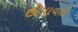
છીપાવતી